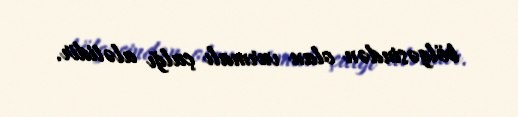
bölgəsindən olan vurmalı çalğı alətidir.